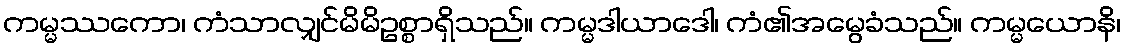
ကမ္မဿကော၊ ကံသာလျှင်မိမိဥစ္စာရှိသည်။ ကမ္မဒါယာဒေါ၊ ကံ၏အမွေခံသည်။ ကမ္မယောနိ၊